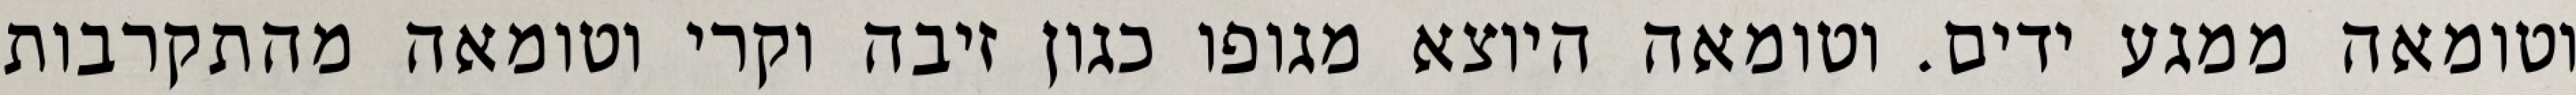
וטומאה ממגע ידים. וטומאה היוצא מגופו כגון זיבה וקרי וטומאה מהתקרבות